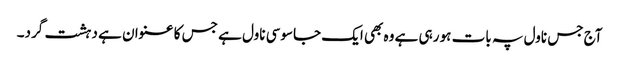
آج جس ناول پہ بات ہو رہی ہے وہ بھی ایک جاسوسی ناول ہے جس کا عنوان ہے دہشت گرد۔